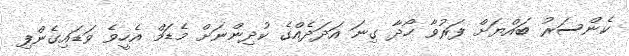
ކެންސަރު ބައްޔަށް ފަރުވާ ހޯދާ ގިނަ އަދަދެއްގެ ކުދިންނަށް މެޑަމް އެހީވެ ވަޑައިގެންފި